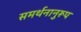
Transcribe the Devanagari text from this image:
समर्थनानुरूप